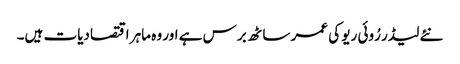
نئے لیڈر رُوئی ریو کی عمر ساٹھ برس ہے اور وہ ماہر اقتصادیات ہیں۔